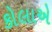
કોલાએ